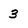
Character: 3